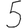
Digit: 5